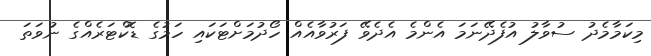
މިކަމާމެދު ސުވާލު އުފެދޭނަމަ އެންމެ އެދެވޭ ފަރުވާއެއް ހޯދުމަށްޓަކައި ހަމުގެ ޑޮކްޓަރެއްގެ ނުވަތަ